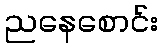
ညနေစောင်း